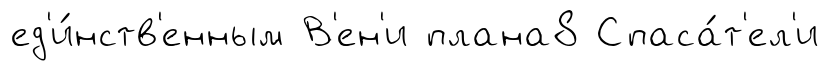
ед'и́нств'енным В'ен'и плана8 Спаса́т'ел'и